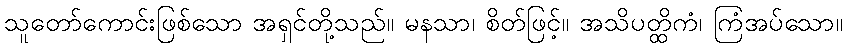
သူတော်ကောင်းဖြစ်သော အရှင်တို့သည်။ မနသာ၊ စိတ်ဖြင့်။ အသိပတ္ထိကံ၊ ကြံအပ်သော။